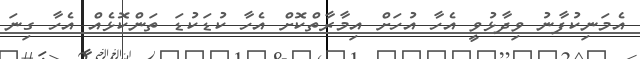
އެމަނިކުފާނު ވިދާޅުވީ އެހާ އުހަށް އިމާރާތްކޮށް އެހާ ކުޑަކުޑަ ތަންކޮޅެއް އެހާ ގިނަ